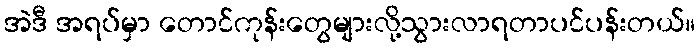
အဲဒီ အရပ်မှာ တောင်ကုန်းတွေများလို့သွားလာရတာပင်ပန်းတယ်။